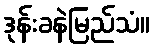
ဒုန်းခနဲမြည်သံ။